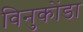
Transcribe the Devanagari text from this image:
विनुकोंडा